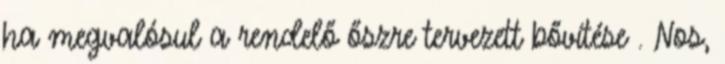
ha megvalósul a rendelő őszre tervezett bővítése . Nos,